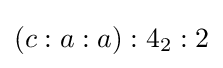
(c:a:a):4_{2}:2